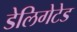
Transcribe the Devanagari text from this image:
डेलिगेटेड